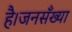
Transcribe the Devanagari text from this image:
है।जनसँख्या